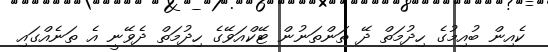
ކެއިން ބުއިމުގެ ހިދުމަތް ދޭ ތަންތަނުން ޓޭކްއަވޭގެ ހިދުމަތް ދެވޭނީ އެ ތަނެއްގައި